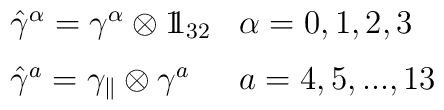
\begin{array}{ll}\hat\gamma^\alpha=\gamma^\alpha\otimes 1\!\!1_{32} &  \alpha=0,1,2,3\\[2mm]\hat\gamma^a=\gamma_\parallel\otimes\gamma^a & a=4, 5,  ..., 13\end{array}\hskip5.5cm